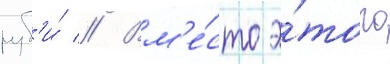
руб'и́ // Вм'е́сто э́того